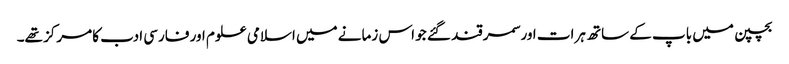
بچپن میں باپ کے ساتھ ہرات اور سمرقند گئے جو اس زمانے میں اسلامی علوم اور فارسی ادب کا مرکز تھے۔